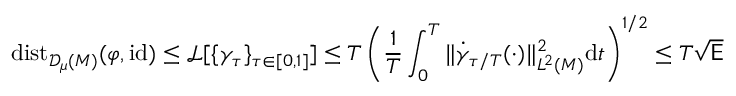
\mathrm { d i s t } _ { { \mathscr { D } _ { \mu } ( M ) } } ( \varphi , \mathrm { i d } ) \leq \mathscr { L } [ \{ \gamma _ { \tau } \} _ { \tau \in [ 0 , 1 ] } ] \leq T \left( \frac { 1 } { T } \int _ { 0 } ^ { T } \| \dot { \gamma } _ { \tau / T } ( \cdot ) \| _ { L ^ { 2 } ( M ) } ^ { 2 } \mathrm { d } t \right) ^ { 1 / 2 } \leq T \sqrt { \mathsf { E } }